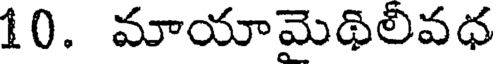
10. మాయామెథిలివధ